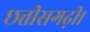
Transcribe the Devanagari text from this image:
छत्तीसगढ़ी।